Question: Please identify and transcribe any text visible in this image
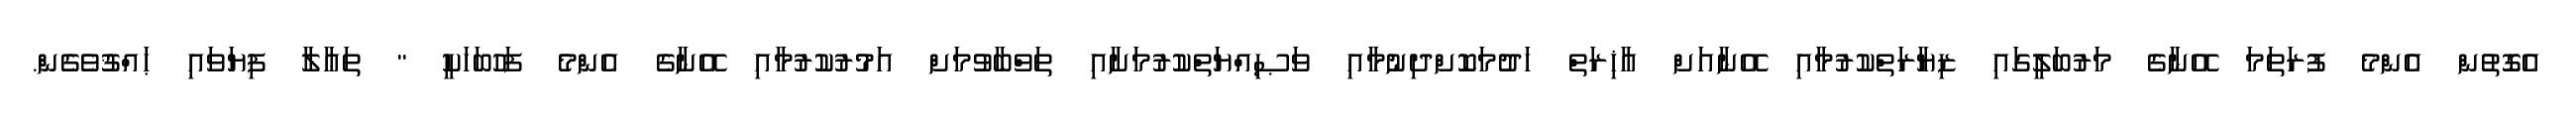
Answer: އެގޮތުން އެންމެ ފުރަތަމަ އޭނާގެ މަރުބަލީގައި ޒިޔާރަތްކުރުމާއި އޭނާއަށް އާޚިރަތް ހަދުމަކޮށްދިނުމާއި ވަޞިއްޔަތްކުރުމަށާއި ތަވްބާވުމަށް އަމުރުކުރުމާއި އޭނާގެ އެންމެ ފަހުބަހަކީ " ތަޢާލާ ފިޔަވައި ޙައްޤުވެގެން.